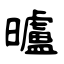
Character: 曥